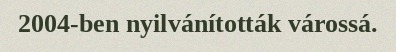
2004-ben nyilvánították várossá.